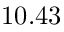
1 0 . 4 3